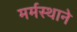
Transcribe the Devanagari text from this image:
मर्मस्थाने